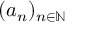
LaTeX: ( a _ { n } ) _ { n \in \mathbb { N } }